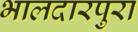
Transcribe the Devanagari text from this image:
भालदारपुरा